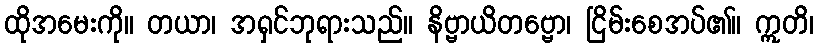
ထိုအမေးကို။ တယာ၊ အရှင်ဘုရားသည်။ နိဗ္ဗာယိတဗ္ဗော၊ ငြိမ်းစေအပ်၏။ ဣတိ၊